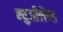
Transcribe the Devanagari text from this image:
न्युजीलैण्ड